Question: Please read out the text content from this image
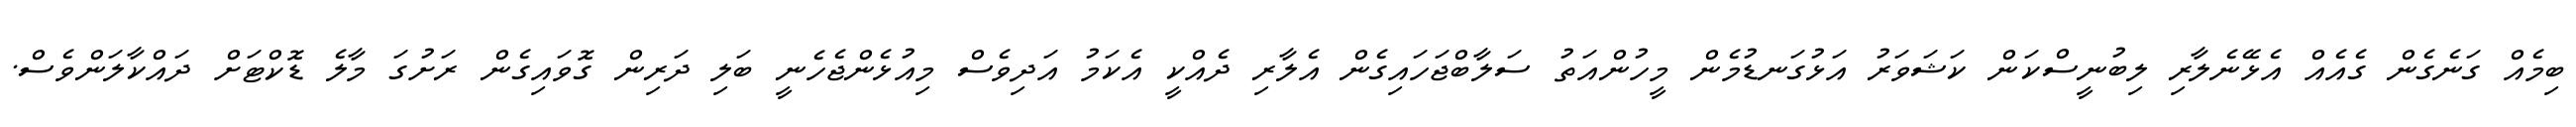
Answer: ބިމެއް ގަނެގެން ގެއެއް އެޅޭނެލާރި ލިބުނީސްކަން ކަޝަވަރު އަޅުގަނޑުމެން މީހުންއަތު ސަލާބްޖަހައިގެން އެލާރި ދެއްކީ އެކަމު އަދިވެސް މިއުޅެންޖެހެނީ ބަލި ދަރިން ގޮވައިގެން ރަށުގަ މާލެ ޑޮކްޓަށް ދައްކާލަންވެސް.